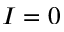
I = 0